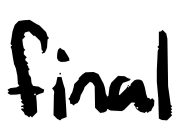
Text: final
Cross-out: clean
Writing tool: digital_black